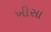
ખીસા